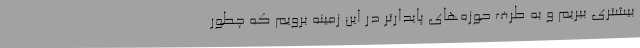
بیشتری ببریم و به طرف حوزه‌های پایدارتر در این زمینه برویم که چطور